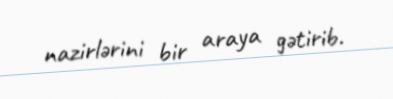
nazirlərini bir araya gətirib.